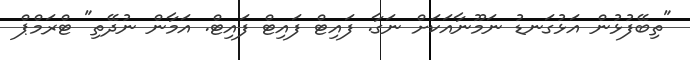
"ތިބޭފުޅުން އަޅުގަނޑު ނަމޫނާއަކަށް ނަގާ. ފައިޓް ފައިޓް ފައިޓް. އަމާން ނުދޭތި" ޓްރަމްޕް